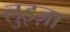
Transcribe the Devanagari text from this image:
लुइज़ा